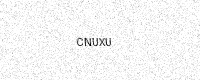
Text: CNUXU